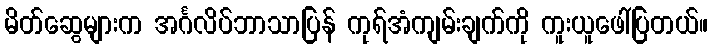
မိတ်ဆွေများက အင်္ဂလိပ်ဘာသာပြန် ကုရ်အံကျမ်းချက်ကို ကူးယူဖေါ်ပြတယ်။